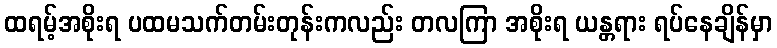
ထရမ့်အစိုးရ ပထမသက်တမ်းတုန်းကလည်း တလကြာ အစိုးရ ယန္တရား ရပ်နေချိန်မှာ